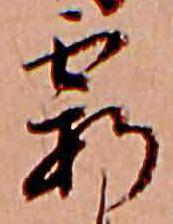
霞